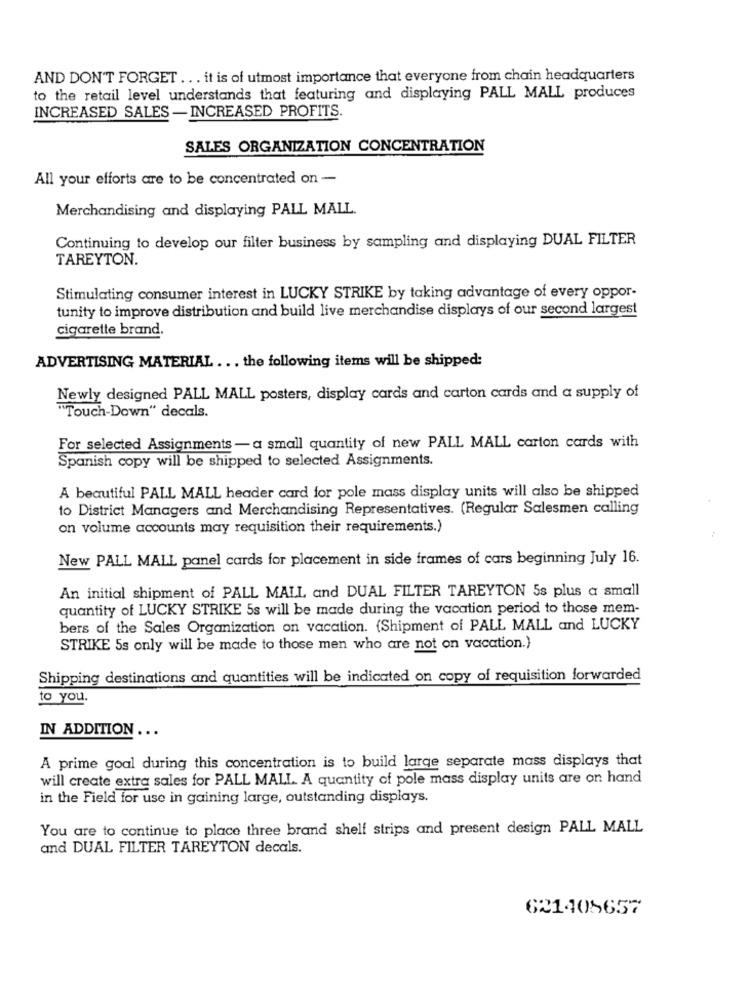
AND DON'T FORGET ... it is of utmost importance that everyone from chain headquarters
to the retail level understands that featuring and displaying PALL MALL produces
INCREASED SALES - INCREASED PROFITS.
SALES ORGANIZATION CONCENTRATION
All your efforts are to be concentrated on -
Merchandising and displaying PALL MALL.
Continuing to develop our filter business by sampling and displaying DUAL FILTER
TAREYTON.
Stimulating consumer interest in LUCKY STRIKE by taking advantage of every oppor-
tunity to improve distribution and build live merchandise displays of our second largest
cigarette brand.
ADVERTISING MATERIAL ... the following items will be shipped:
Newly designed PALL MALL posters, display cards and carton cards and a supply of
"Touch-Down" decals.
For selected Assignments -a small quantity of new PALL MALL carton cards with
Spanish copy will be shipped to selected Assignments.
A beautiful PALL MALL header card for pole mass display units will also be shipped
to District Managers and Merchandising Representatives. (Regular Salesmen calling
on volume accounts may requisition their requirements.)
New PALL MALL panel cards for placement in side frames of cars beginning July 16.
An initial shipment of PALL MALL and DUAL FILTER TAREYTON 5s plus a small
quantity of LUCKY STRIKE 5s will be made during the vacation period to those mem-
bers of the Sales Organization on vacation. {Shipment of PALL MALL and LUCKY
STRIKE 5s only will be made to those men who are not on vacation.)
Shipping destinations and quantities will be indicated on copy of requisition forwarded
to you.
IN ADDITION ...
A prime goal during this concentration is to build large separate mass displays that
will create extra sales for PALL MALL A quantity of pole mass display units are on hand
in the Field for use in gaining large, outstanding displays.
You are to continue to place three brand shelf strips and present design PALL MALL
and DUAL FILTER TAREYTON decals.
621405657